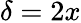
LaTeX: \delta=2x